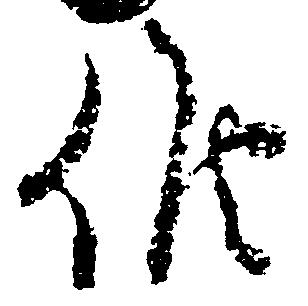
候